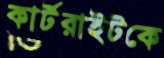
কার্টরাইটকে